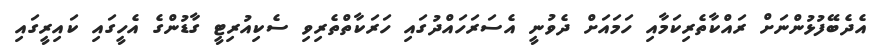
އެދެބޭފުޅުންނަށް ރައްކާތެރިކަމާއި ހަަމައަށް ދެވުނީ އެސަރަހައްދުގައި ހަރަކާތްތެރިވި ސެކިއުރިޓީ ގާޑުންގެ އެހީގައި ކައިރީގައި